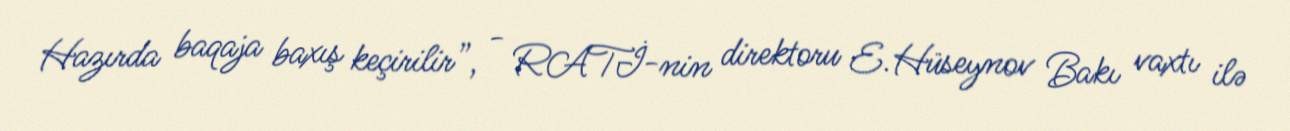
Hazırda baqaja baxış keçirilir”, - RATİ-nin direktoru E.Hüseynov Bakı vaxtı ilə